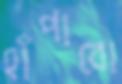
হাঁপাবো